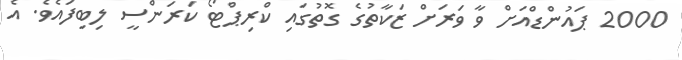
2000 ޕައުންޑްއަށް ވާ ވަރަށް ޒަކާތުގެ ގޮތުގައި ކްރިޕްޓޯ ކަރަންސީ ލިބިފައެވެ. އެ